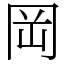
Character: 岡